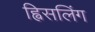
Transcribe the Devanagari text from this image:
ह्विसलिंग